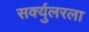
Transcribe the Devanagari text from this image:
सर्क्युलरला